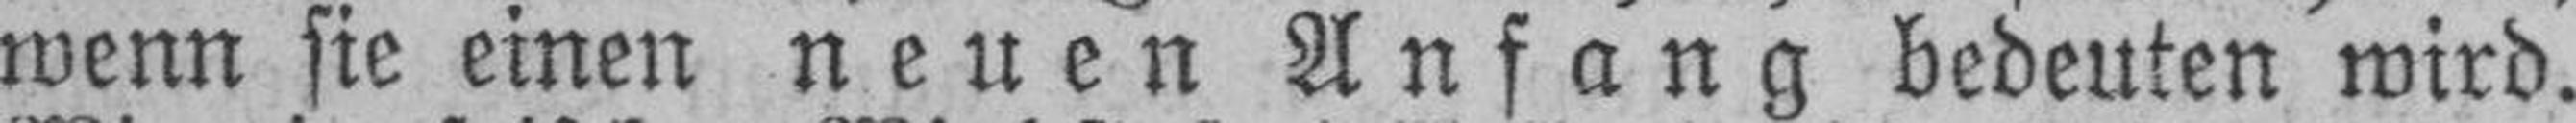
wenn sie einen neuen Anfang bedeuten wird.